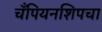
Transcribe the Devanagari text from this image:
चँपियनशिपचा